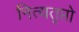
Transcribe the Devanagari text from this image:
नित्यतृप्तो